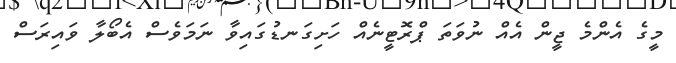
މީގެ އެންމެ ޖީން އެއް ނުވަތަ ޕްރޮޓީނެއް ހަށިގަނޑުގައިވާ ނަމަވެސް އެބޯލާ ވައިރަސް